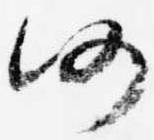
仍